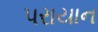
પરાયાન